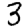
Digit: 3